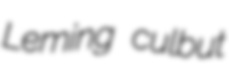
Leming culbut